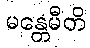
မန္တေမီတိ